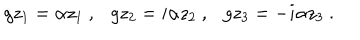
g z _ { 1 } = \alpha z _ { 1 } ~ , g z _ { 2 } = i \alpha z _ { 2 } ~ , g z _ { 3 } = - i \alpha z _ { 3 } ~ .